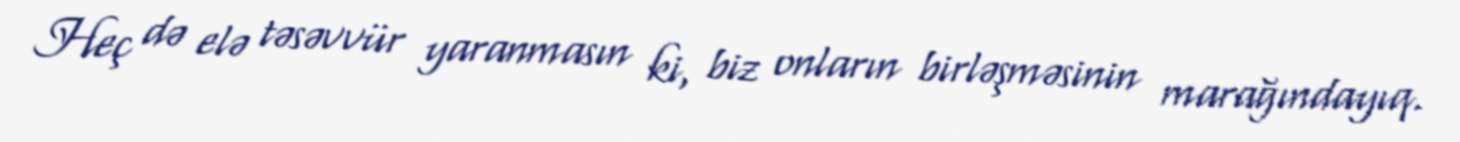
Heç də elə təsəvvür yaranmasın ki, biz onların birləşməsinin marağındayıq.